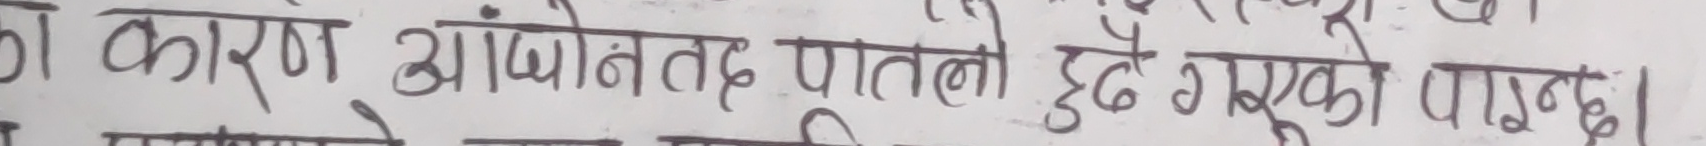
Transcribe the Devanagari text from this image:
का कारण आँखनतद पातलो हुदै गएको पाइन्छ।